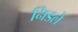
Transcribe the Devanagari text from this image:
निडले